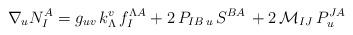
LaTeX: \begin{align*} \nabla_u N_I^A = g_{uv} \,k^v_{\Lambda}\,f^{\Lambda A}_I + 2\, P_{I B\,u}\,S^{BA}\,+2\, {\mathcal {M}}_{IJ} \,P^{J A}_u\end{align*}